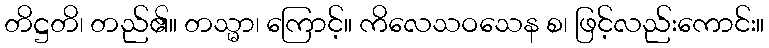
တိဋ္ဌတိ၊ တည်၏။ တသ္မာ၊ ကြောင့်။ ကိလေသဝသေန စ၊ ဖြင့်လည်းကောင်း။